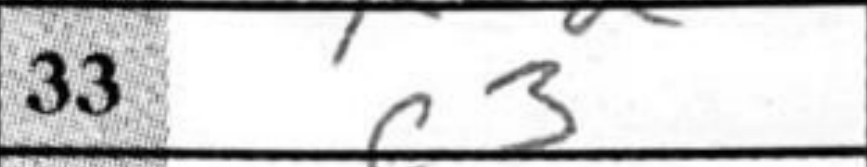
Transcription: c3